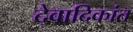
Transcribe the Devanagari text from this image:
देवादिकांत